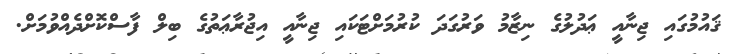
ޤައުމުގައި ޖިނާއީ ޢަދުލުގެ ނިޒާމު ވަރުގަދަ ކުރުމަށްޓަކައި ޖިނާއީ އިޖުރާޢަތުގެ ބިލް ފާސްކޮށްދެއްވުމަށް.